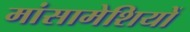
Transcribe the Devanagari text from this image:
मांसामेशियों